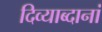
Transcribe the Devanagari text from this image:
दिव्याब्दानां